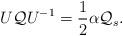
LaTeX: \begin{align*}U{\cal Q}U^{-1}={1\over 2}\alpha{\cal Q}_s.\end{align*}